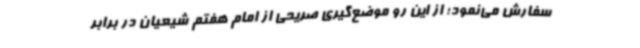
سفارش ‌می‌نمود؛ از این رو موضع‌گیری صریحی از امام هفتم شیعیان در برابر